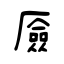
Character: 厱